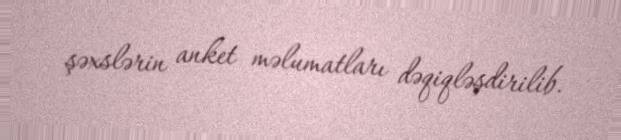
şəxslərin anket məlumatları dəqiqləşdirilib.